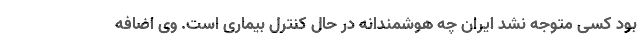
بود کسی متوجه نشد ایران چه هوشمندانه در حال کنترل بیماری است. وی اضافه